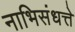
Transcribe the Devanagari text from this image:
नाभिसंधत्ते